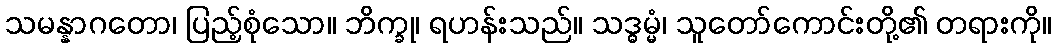
သမန္နာဂတော၊ ပြည့်စုံသော။ ဘိက္ခု၊ ရဟန်းသည်။ သဒ္ဓမ္မံ၊ သူတော်ကောင်းတို့၏ တရားကို။